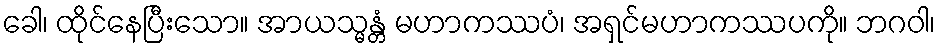
ခေါ၊ ထိုင်နေပြီးသော။ အာယသ္မန္တံ မဟာကဿပံ၊ အရှင်မဟာကဿပကို။ ဘဂဝါ၊